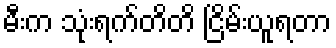
မီးက သုံးရက်တိတိ ငြိမ်းယူရတာ